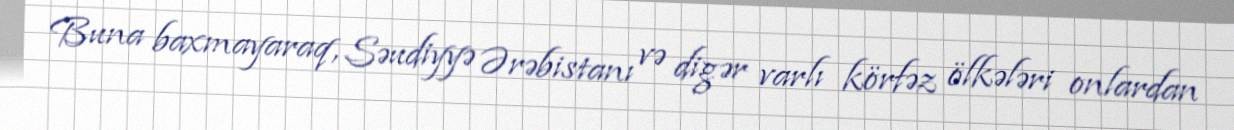
Buna baxmayaraq, Səudiyyə Ərəbistanı və digər varlı körfəz ölkələri onlardan